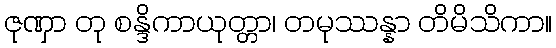
ဇုဏှာ တု စန္ဒိကာယုတ္တာ၊ တမုဿန္နာ တိမိသိကာ။